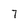
Character: 7